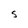
Character: S